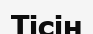
Тісін